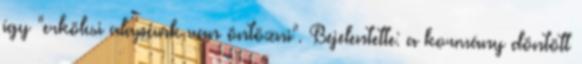
így "erkölcsi alapunk van öntözni". Bejelentette: a kormány döntött